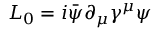
{ \cal L } _ { 0 } = i \bar { \psi } \partial _ { \mu } \gamma ^ { \mu } \psi